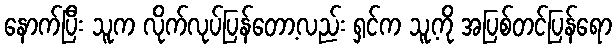
နောက်ပြီး သူက လိုက်လုပ်ပြန်တော့လည်း ရှင်က သူ့ကို အပြစ်တင်ပြန်ရော